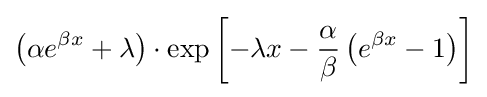
\left(\alpha e^{\beta x}+\lambda \right)\cdot \exp \left[-\lambda x-{\frac {\alpha }{\beta }}\left(e^{\beta x}-1\right)\right]